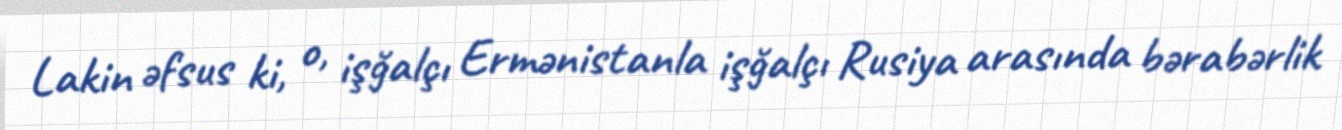
Lakin əfsus ki, o, işğalçı Ermənistanla işğalçı Rusiya arasında bərabərlik